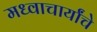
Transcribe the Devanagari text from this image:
मध्वाचार्यांचे